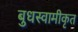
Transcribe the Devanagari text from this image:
बुधस्वामीकृत